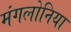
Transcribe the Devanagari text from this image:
मंगलोनिया